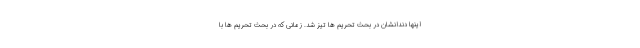
اینها دندانشان در بحث تحریم ها تیز شد. زمانی که در بحث تحریم ها با